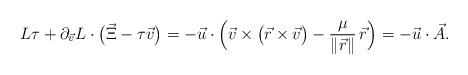
LaTeX: \begin{align*} L\tau +\partial_{\vec v}L\cdot \bigl(\vec \Xi-\tau \vec v\bigr)= -\vec u\cdot\Bigl(\vec v\times \bigl(\vec r\times \vec v\bigr)- \frac{\mu}{\lVert \vec r\rVert}\,\vec r\Bigr)=-\vec u\cdot\vec A.\end{align*}